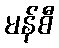
မန်စီ